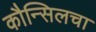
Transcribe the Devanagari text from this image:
कौन्सिलचा